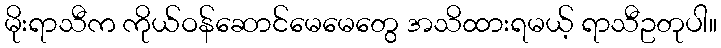
မိုးရာသီက ကိုယ်ဝန်ဆောင်မေမေတွေ အသိထားရမယ့် ရာသီဥတုပါ။